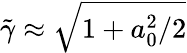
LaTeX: \tilde{\gamma}\approx\sqrt{1+a_{0}^{2}/2}